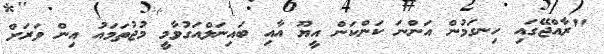
"ރާއްޖޭގައި ހިނގަމުން އަންނަ ކަންކަން އީޔޫ އާއި ބައިނަލްއަގުވާމީ މުޖުތަމައު އިން ވަރަށް